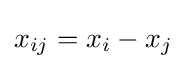
x_{ij}=x_{i}-x_{j}